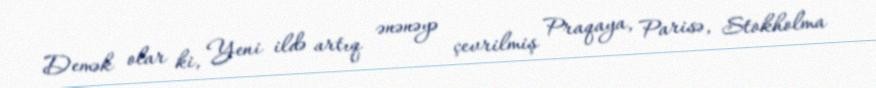
Demək olar ki, Yeni ildə artıq ənənəyə çevrilmiş Praqaya, Parisə, Stokholma